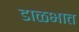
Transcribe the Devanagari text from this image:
डाळभात